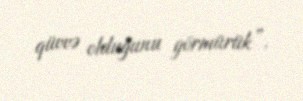
qüvvə olduğunu görmürük”.